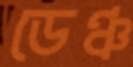
ডেঞ্চ